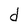
Character: d